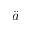
\ddot { a }